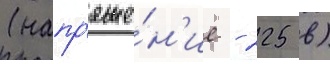
(напр'яже́н'ие - 225 в)